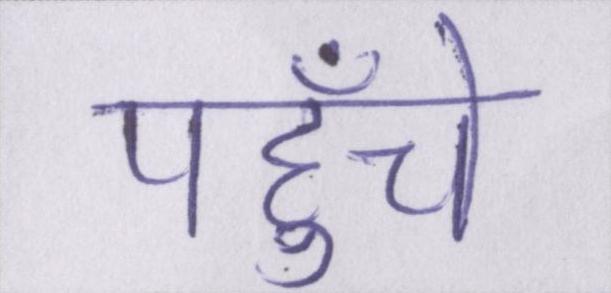
पहुँचे